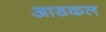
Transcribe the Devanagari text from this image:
आडकल